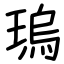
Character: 瑦